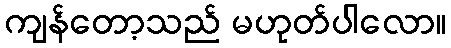
ကျန်တော့သည် မဟုတ်ပါလော။